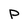
Character: P